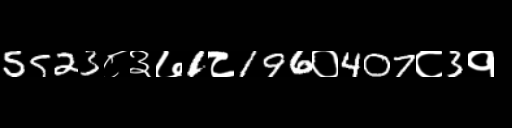
Text: 5523८३७1८196०407८3१